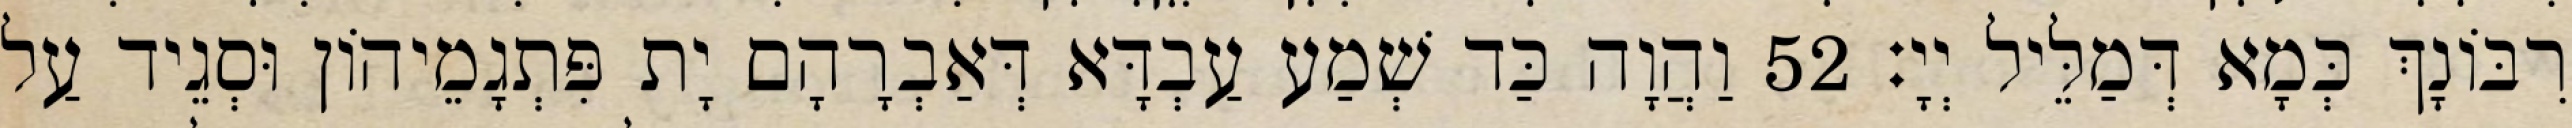
רִבּוֹנָךְ כְּמָא דְּמַלֵּיל יְיָ׃ 52 וַהֲוָה כַּד שְׁמַע עַבְדָּא דְּאַבְרָהָם יָת פִּתְגָמֵיהוֹן וּסְגֵיד עַל